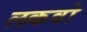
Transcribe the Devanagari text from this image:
लकवो